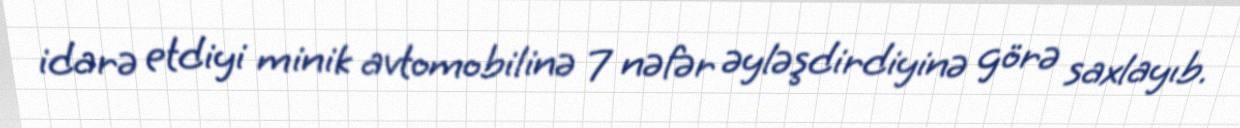
idarə etdiyi minik avtomobilinə 7 nəfər əyləşdirdiyinə görə saxlayıb.